Document type: Emphyteutic lease
Year: 1473
Scribe: [Unknown]
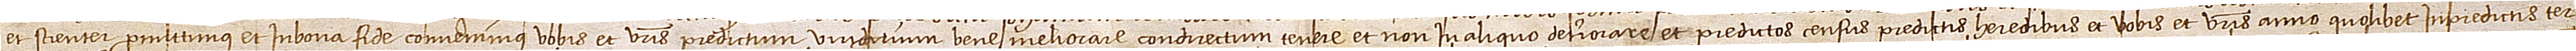
et scienter promittimus et in bona fide convenimus vobis et vestris predictum viridiarium bene meliorare, condirectum tenere et non in aliquo deteriorare, et predictos census predictis heredibus et vobis et vestris anno quolibet in predictis ter-